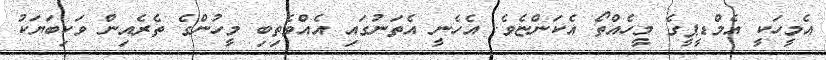
އެމީހަކީ އެމްޑީޕީގެ މީހެއްތޯ އެކަންޏެވެ. އެހެނީ އެތަނުގައި އެއްވެތިބި މީހުންގެ ތެރެއިން ވަކިބަޔަކު